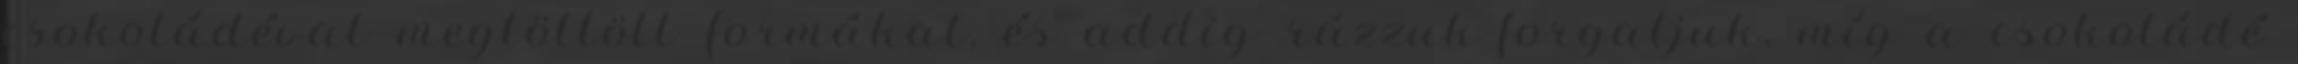
csokoládéval megtöltött formákat, és addig rázzuk-forgatjuk, míg a csokoládé